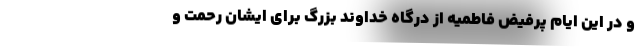
و در این ایام پرفیض فاطمیه از درگاه خداوند بزرگ برای ایشان رحمت و